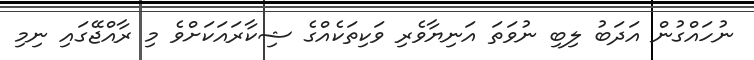
ނުހައްގުން އަދަބު ލިބި ނުވަތަ އަނިޔާވެރި ވަކިތަކެއްގެ ޝިކާރައަކަށްވެ މި ރާއްޖޭގައި ނިމި